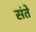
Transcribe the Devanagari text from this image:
संते